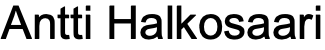
Antti Halkosaari